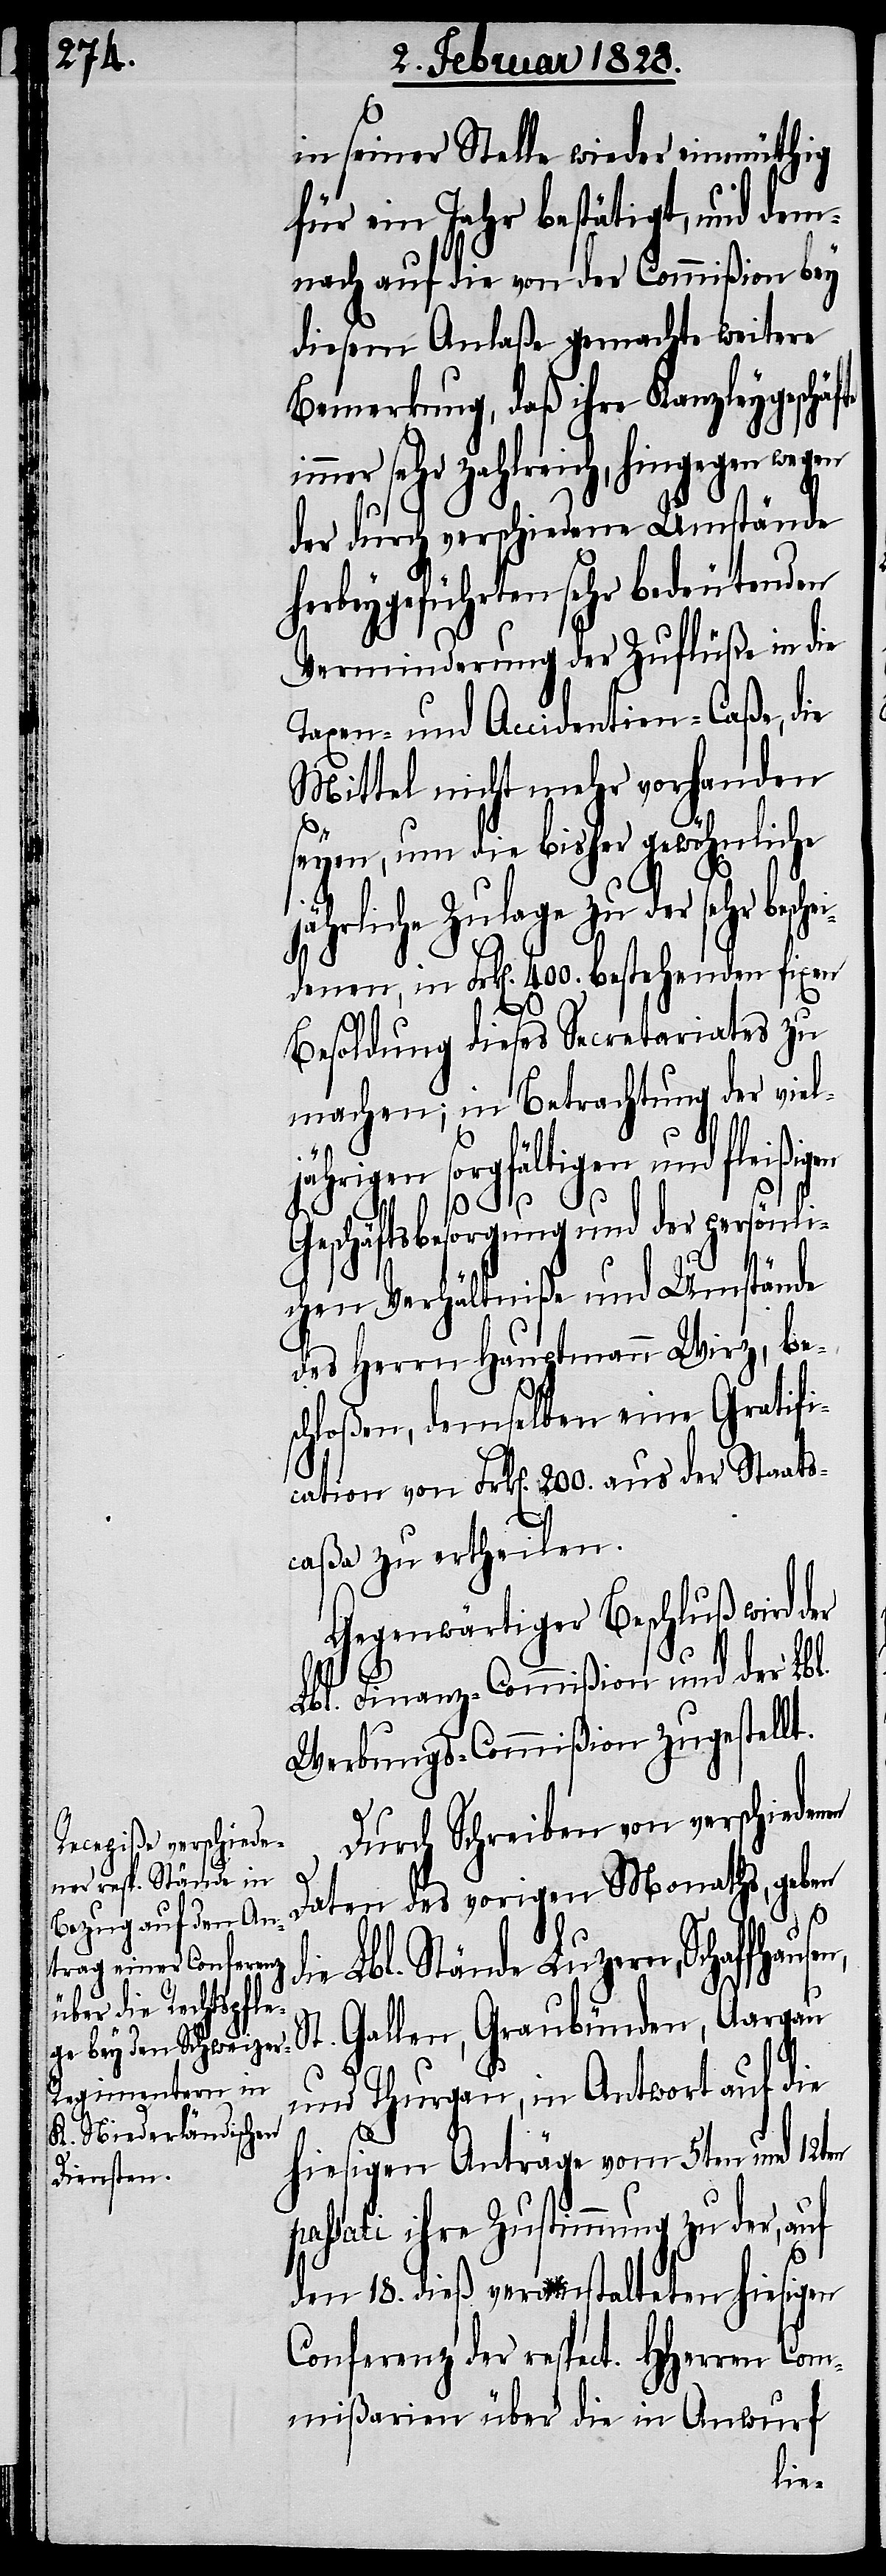
in seiner Stelle wieder einmüthig
für ein Jahr bestätigt, und dem¬
nach auf die von der Commißion bey
diesem Anlaße gemachte weitere
Bemerkung, daß ihre Kanzleygesch¬
immer sehr zahlreich, hingegen wegen
der durch verschiedene Umstände
herbeygeführten sehr bedeutenden
Verminderung der Zuflüße in die
Taxen und Accidentien-Caßa, die
Mittel nicht mehr vorhanden
seyen, um die bisher gewöhnliche
ährliche Zulage zu der sehr b¬
denen, in Frk[en]. 400. bestehenden fixen
Besoldung dieses Secretariates zu
machen; in Betrachtung der viel¬
jährigen sorgfältigen und fleißigen
Geschäftsbesorgung und der persönli¬
chen Verhältniße und Umstände
des Herrn Hauptmann Wirz, be¬
schloßen, demselben eine Gratifi¬
cation von Frk[en]. 200. aus der Staats¬
caßa zu ertheilen.
Gegenwärtiger Beschluß wird der
ausen,
Lbl. Finanz-Commißion und der Lbl.
Werbungs-Commißion zugestellt.
Durch Schreiben von verschieden¬
Daten des vorigen Monaths, geben
d¬
ie Lbl. Stände Luzern, Schaffh¬
St. Gallen, Graubünden, Aargau
und Thurgau, in Antwort auf die
j¬
hiesigen Anträge vom 5ten und 12ten
passati ihre Zustimmung zu der, auf
den 18. dieß veranstaltenden hiesigen
Conferenz der respect. HHerren Com¬
mißarien über die in Anwurf